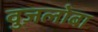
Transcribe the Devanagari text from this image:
वुज़लोबा